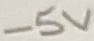
Text: -5V